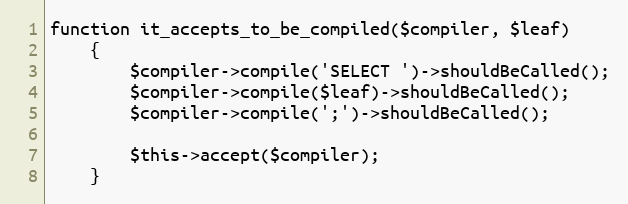
Language: PHP
function it_accepts_to_be_compiled($compiler, $leaf)
    {
        $compiler->compile('SELECT ')->shouldBeCalled();
        $compiler->compile($leaf)->shouldBeCalled();
        $compiler->compile(';')->shouldBeCalled();

        $this->accept($compiler);
    }